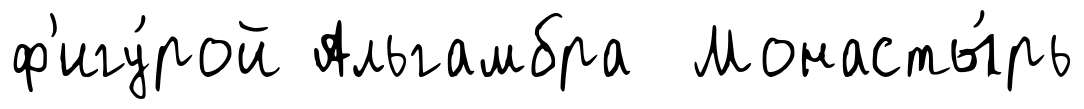
ф'игу́рой Альгамбра Монасты́рь